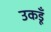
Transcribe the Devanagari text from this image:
उकडूँ